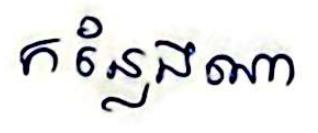
កន្លែងណា